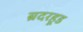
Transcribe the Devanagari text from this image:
ब्रदरहूड